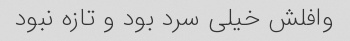
وافلش خیلی سرد بود و تازه نبود